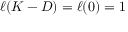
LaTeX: \ell ( K - D ) = \ell ( 0 ) = 1